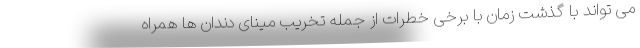
می تواند با گذشت زمان با برخی خطرات از جمله تخریب مینای دندان ها همراه